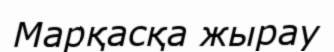
Марқасқа жырау